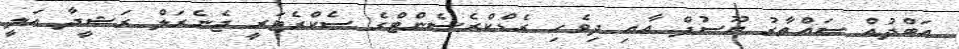
އަބްދުއް ސައްތާރު ޔޫސުފް އާއި ދިވެހި ރެޑްކްރެސެންޓްގެ ސެކްރެޓަރީ ޖެނެރަލް ރަޝީދާ އަލީ